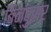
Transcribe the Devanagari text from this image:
बिन्दुसर